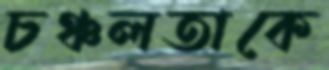
চঞ্চলতাকে